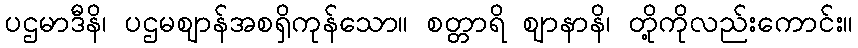
ပဌမာဒီနိ၊ ပဌမဈာန်အစရှိကုန်သော။ စတ္တာရိ ဈာနာနိ၊ တို့ကိုလည်းကောင်း။